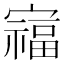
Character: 𫴗